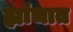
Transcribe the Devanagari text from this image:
ह्यांचात